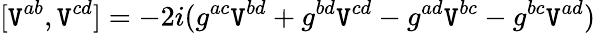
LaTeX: [\mathtt{V}^{ab},\mathtt{V}^{cd}]=-2i(g^{ac}\mathtt{V}^{bd}+g^{bd}\mathtt{V}^{cd}-g^{ad}\mathtt{V}^{bc}-g^{bc}\mathtt{V}^{ad})